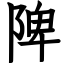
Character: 陴